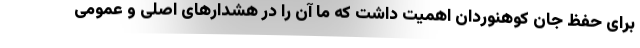
برای حفظ جان کوهنوردان اهمیت داشت که ما آن را در هشدارهای اصلی و عمومی